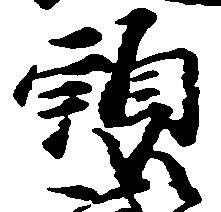
頭